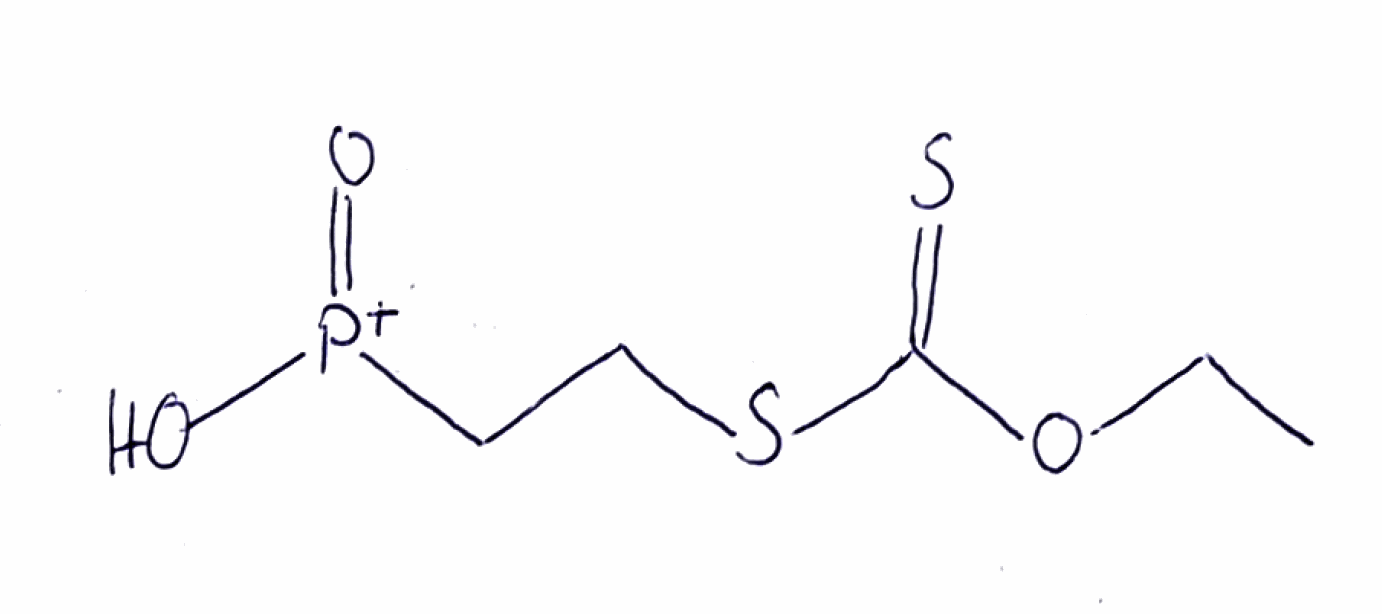
Simplified molecular-input line-entry system (SMILES) notation of the given molecule:
CCOC(=S)SCC[P+](=O)O